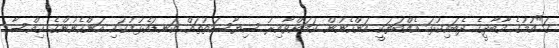
ގަ"އުމުގެ އާބާދީގެ ދެބައިކުޅަ އެއްބަޔަކީ އަންހެނުން ކަމަށްވާއިރު ސިޔާސަތުތައް ކަނޑައެޅުމުގައި އަންހެނުންގެ ހިއްސާ